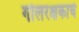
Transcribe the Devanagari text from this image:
गोलरक्षकाचे